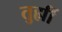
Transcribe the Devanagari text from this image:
तुह्मीं